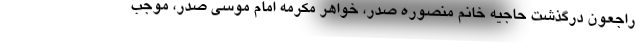
راجعون درگذشت حاجیه خانم منصوره صدر، خواهر مکرمه امام موسی صدر، موجب